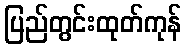
ပြည်တွင်းထုတ်ကုန်